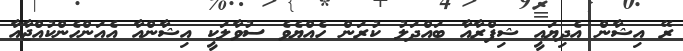
ރޭ އިޝާން އެދިޔައީ ޝިފްރާއާ ބައްދަލު ކުރަން ހެއްޔެވެ ސުވާލަކީ އިޝާންއާ އެއަންހެންކުއްޖާއާ